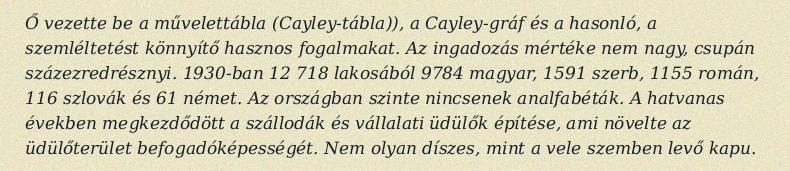
Ő vezette be a művelettábla (Cayley-tábla)), a Cayley-gráf és a hasonló, a szemléltetést könnyítő hasznos fogalmakat. Az ingadozás mértéke nem nagy, csupán százezredrésznyi. 1930-ban 12 718 lakosából 9784 magyar, 1591 szerb, 1155 román, 116 szlovák és 61 német. Az országban szinte nincsenek analfabéták. A hatvanas években megkezdődött a szállodák és vállalati üdülők építése, ami növelte az üdülőterület befogadóképességét. Nem olyan díszes, mint a vele szemben levő kapu.